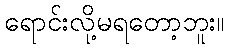
ရောင်းလို့မရတော့ဘူး။